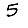
Digit: 5